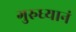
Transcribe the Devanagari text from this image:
गुरुध्यानं